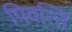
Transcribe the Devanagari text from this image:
पिवन्ति